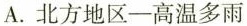
A. 北方地区——高温多雨